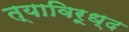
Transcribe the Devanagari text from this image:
त्याविरूध्द